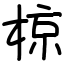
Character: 椋